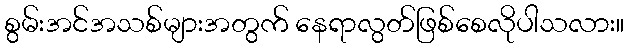
စွမ်းအင်အသစ်များအတွက် နေရာလွတ်ဖြစ်စေလိုပါသလား။